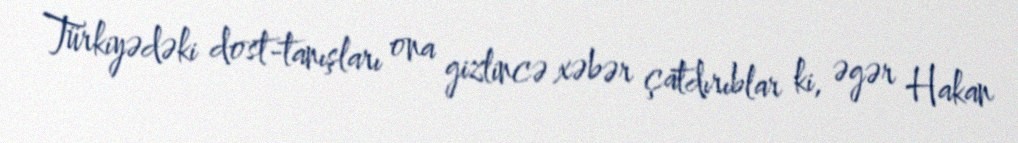
Türkiyədəki dost-tanışları ona gizlincə xəbər çatdırıblar ki, əgər Hakan